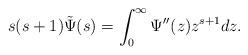
LaTeX: \begin{align*} s(s+1)\tilde\Psi(s)=\int_0^\infty \Psi''(z)z^{s+1}dz.\end{align*}